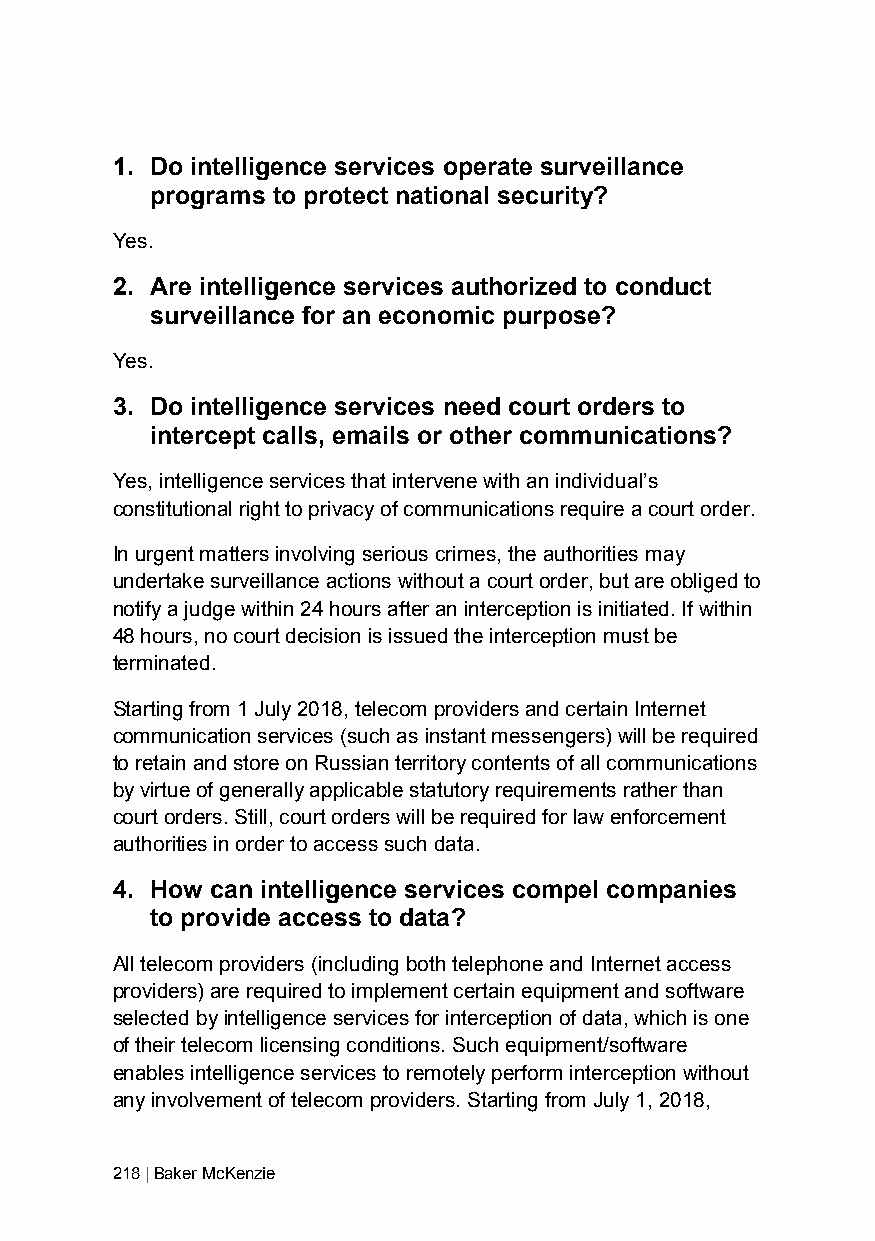
1. Do intelligence services operate surveillance
 programs to protect national security?
 Yes.
 2. Are intelligence services authorized to conduct
 surveillance for an economic purpose?
 Yes.
 3. Do intelligence services need court orders to
 intercept calls, emails or other communications?
 Yes, intelligence services that intervene with an individual’s
 constitutional right to privacy of communications require a court order.
 In urgent matters involving serious crimes, the authorities may
 undertake surveillance actions without a court order, but are obliged to
 notify a judge within 24 hours after an interception is initiated. If within
 48 hours, no court decision is issued the interception must be
 terminated.
 Starting from 1 July 2018, telecom providers and certain Internet
 communication services (such as instant messengers) will be required
 to retain and store on Russian territory contents of all communications
 by virtue of generally applicable statutory requirements rather than
 court orders. Still, court orders will be required for law enforcement
 authorities in order to access such data.
 4. How can intelligence services compel companies
 to provide access to data?
 All telecom providers (including both telephone and Internet access
 providers) are required to implement certain equipment and software
 selected by intelligence services for interception of data, which is one
 of their telecom licensing conditions. Such equipment/software
 enables intelligence services to remotely perform interception without
 any involvement of telecom providers. Starting from July 1, 2018,
 218 | Baker McKenzie